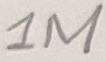
Text: 1M